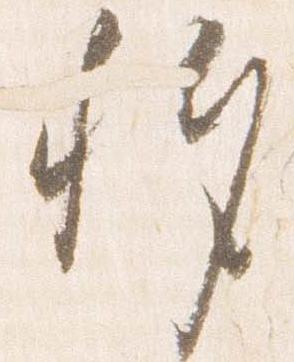
移